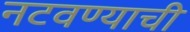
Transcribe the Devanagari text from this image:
नटवण्याची